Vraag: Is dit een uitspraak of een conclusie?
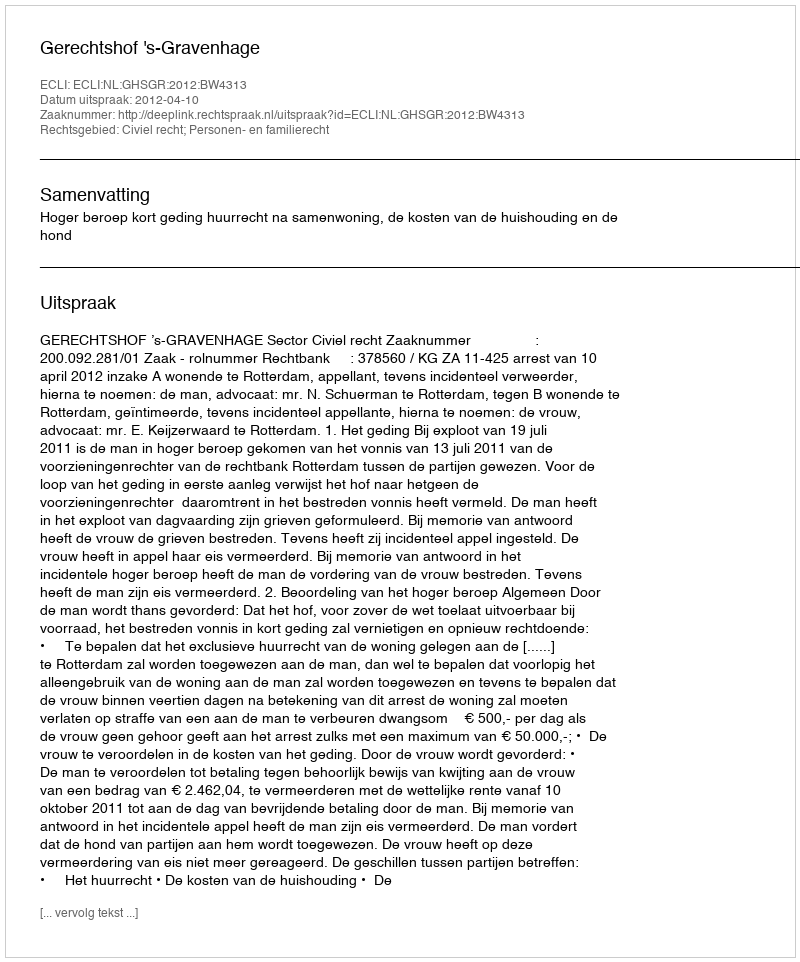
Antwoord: Uitspraak